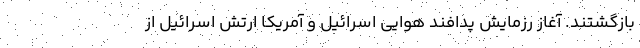
بازگشتند. آغاز رزمایش پدافند هوایی اسرائیل و آمریکا ارتش اسرائیل از